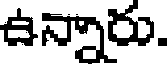
ఉన్నారు.